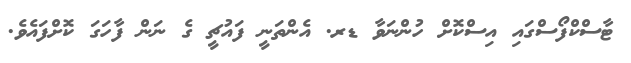
ޓާސްކްފޯސްގައި އިސްކޮށް ހުންނަވާ ޑރ. އެންތަނީ ފައުޗީ ގެ ނަން ފާހަގަ ކޮށްފައެވެ.